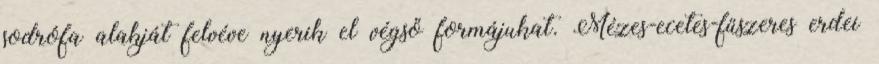
sodrófa alakját felvéve nyerik el végső formájukat. Mézes-ecetes-fűszeres erdei